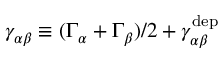
\gamma _ { \alpha \beta } \equiv ( \Gamma _ { \alpha } + \Gamma _ { \beta } ) / 2 + \gamma _ { \alpha \beta } ^ { \mathrm { d e p } }